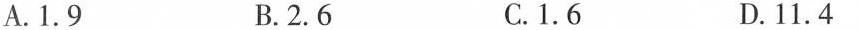
A.1.9 B.2.6 C.1.6 D.11.4